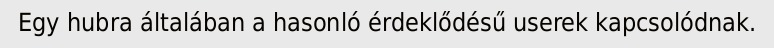
Egy hubra általában a hasonló érdeklődésű userek kapcsolódnak.